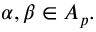
\alpha , \beta \in A _ { p } .